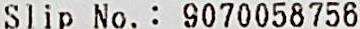
SLIP NO. : 9070058756